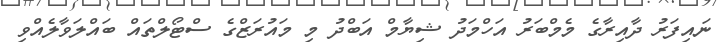
ނައިފަރު ދާއިރާގެ މެމްބަރު އަހްމަދު ޝިޔާމް އަބްދު މި މައުރަޒްގެ ސްޓޯލްތައް ބައްލަވާލެއްވި